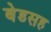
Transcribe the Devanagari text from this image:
बेडसह